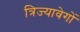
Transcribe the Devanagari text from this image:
त्रिज्यावेगों